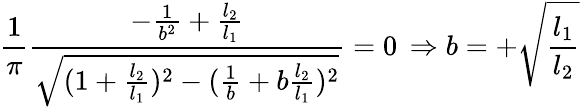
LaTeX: \frac{1}{\pi}\frac{-\frac{1}{b^{2}}+\frac{l_{2}}{l_{1}}}{\sqrt{(1+\frac{l_{2}}{l_{1}})^{2}-(\frac{1}{b}+b\frac{l_{2}}{l_{1}})^{2}}}=0\, \Rightarrow b=+\sqrt{\frac{l_{1}}{l_{2}}}